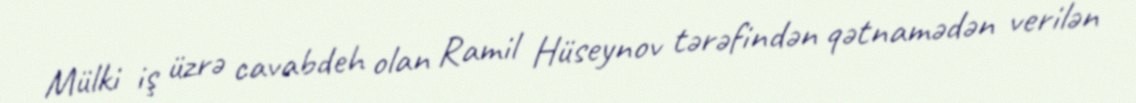
Mülki iş üzrə cavabdeh olan Ramil Hüseynov tərəfindən qətnamədən verilən